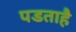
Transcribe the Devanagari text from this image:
पडताहै